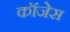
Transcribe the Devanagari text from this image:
कॉजेस